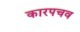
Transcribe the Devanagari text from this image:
कारपचव